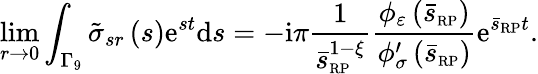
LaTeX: \operatorname*{lim}_{r\rightarrow 0}\int_{\Gamma_{9}}\tilde{\sigma}_{sr}\left(s\right)\mathrm{e}^{st}\mathrm{d}s=-\mathrm{i}\pi\frac{1}{\bar{s}_{\scriptscriptstyle{\mathrm{RP}}}^{1-\xi}}\frac{\phi_{\varepsilon}\left(\bar{s}_{\scriptscriptstyle{\mathrm{RP}}}\right)}{\phi_{\sigma}^{\prime}\left(\bar{s}_{\scriptscriptstyle{\mathrm{RP}}}\right)}\mathrm{e}^{\bar{s}_{\scriptscriptstyle{\mathrm{RP}}}t}.